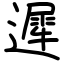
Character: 遲